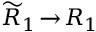
\widetilde { R } _ { 1 } \! \to \! R _ { 1 }